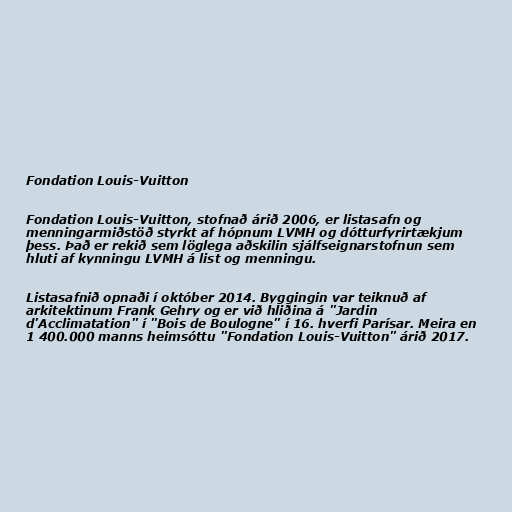
Fondation Louis-Vuitton

Fondation Louis-Vuitton, stofnað árið 2006, er listasafn og
menningarmiðstöð styrkt af hópnum LVMH og dótturfyrirtækjum
þess. Það er rekið sem löglega aðskilin sjálfseignarstofnun sem
hluti af kynningu LVMH á list og menningu.

Listasafnið opnaði í október 2014. Byggingin var teiknuð af
arkitektinum Frank Gehry og er við hliðina á "Jardin
d'Acclimatation" í "Bois de Boulogne" í 16. hverfi Parísar. Meira en
1 400.000 manns heimsóttu "Fondation Louis-Vuitton" árið 2017.